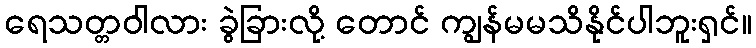
ရေသတ္တဝါလား ခွဲခြားလို့ တောင် ကျွန်မမသိနိုင်ပါဘူးရှင်။